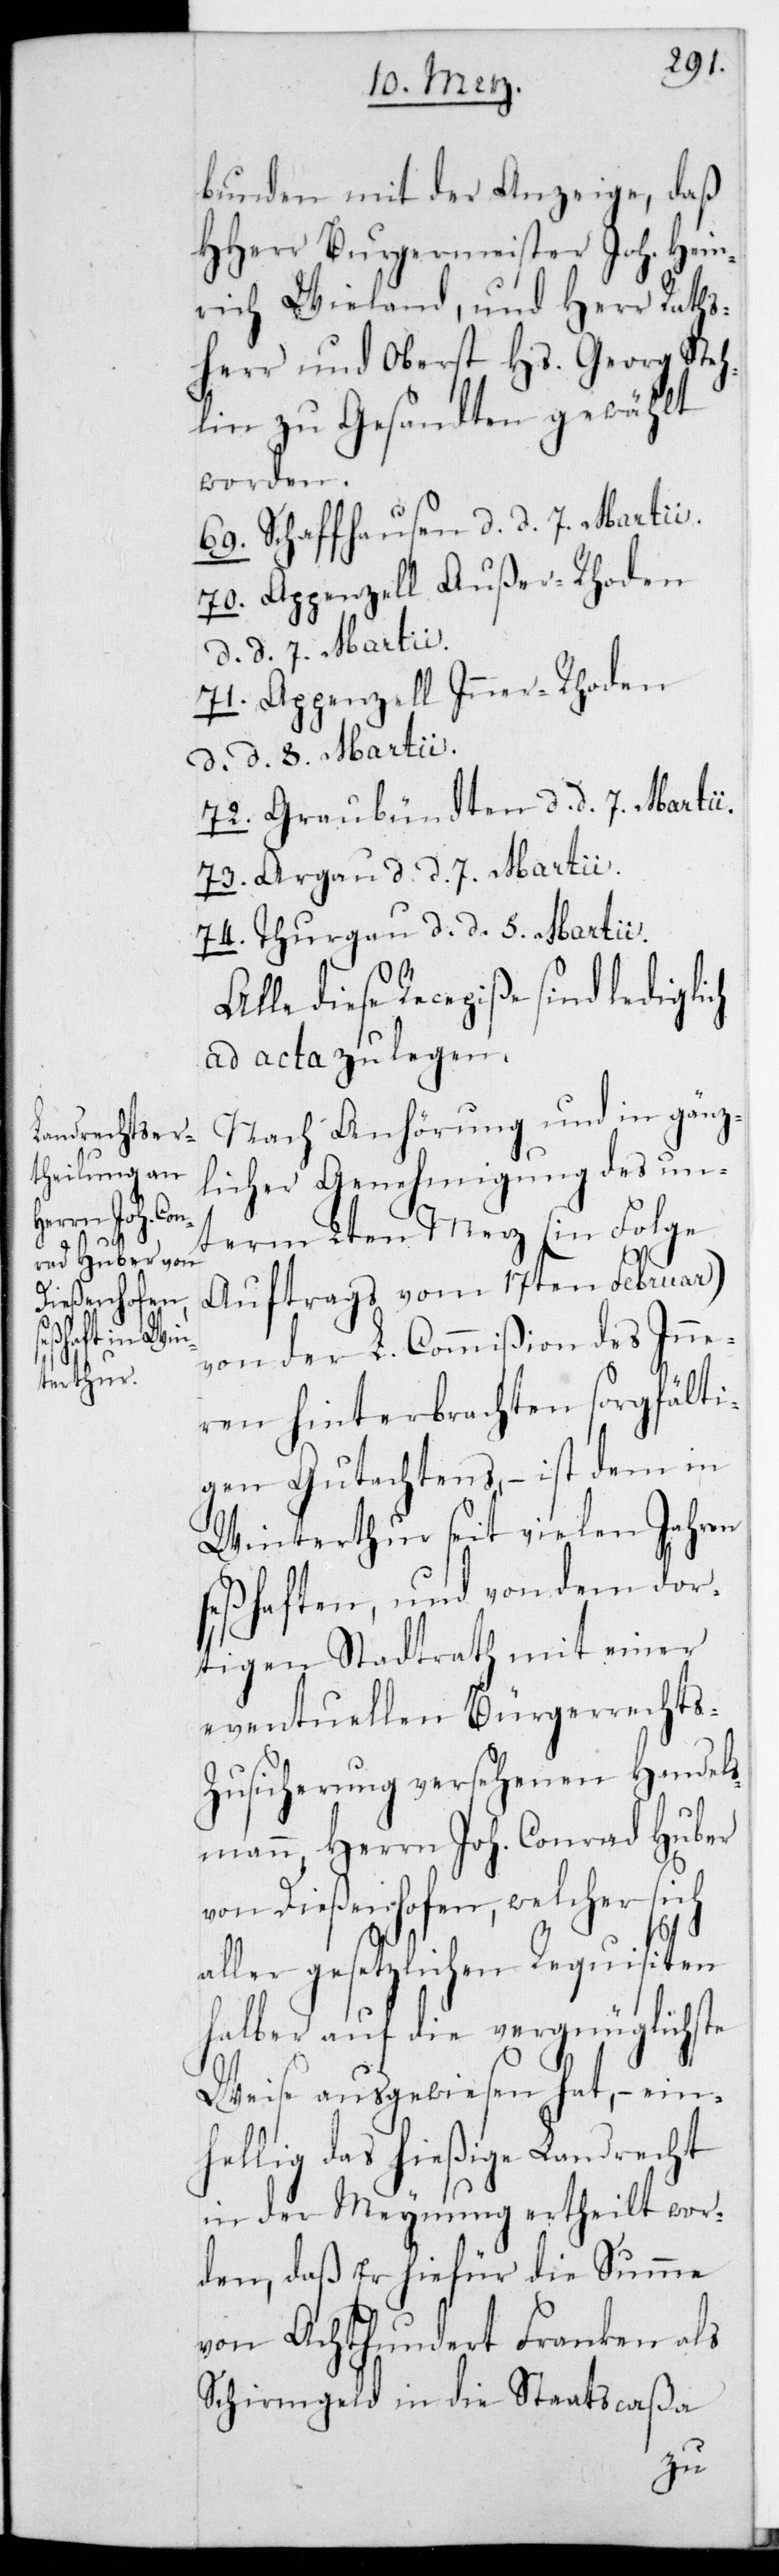
se¬

bunden mit der Anzeige, daß
HHerr Burgermeister Joh. Hein¬
rich Wieland, und Herr Raths¬
herr und Oberst Hs. Georg Steh¬
lin zu Gesandten gewählt
worden.
69. Schaffhausen, d. d. 7. Marii.
70. Appenzell Außer-Rhoden,
d. d. 7. Martii.
71. Appenzell Inner-Rhoden,
d. d. 8. Martii.
72. Graubündten, d. d. 7. Martii.
73. Argau, d. d. 7. Martii.
74. Thurgau, d. d. 5. Martii.
diese Recepiße sind lediglich
ad acta zu legen.
Nach Anhörung und in gänz¬
licher Genehmigung des un¬
term 2ten Merz (in Folge
Auftrags vom 17ten Februar)
von der L. Commißion des Inne¬
ren hinterbrachten sorgfälti¬
gen Gutachtens, – ist dem in
Winterthur seit vielen Jahren
ßhaften, und von dem dor¬
tigen Stadtrath mit einer
eventuellen Bürgerrechts-Z¬
usicherung versehenen Handel¬
smann, Herrn Joh. Conrad Huber
von Dießenhofen, welcher sich
aller gesetzlichen Requisiten
halber auf die vergnüglichste
Weise ausgewiesen hat, – ein¬
hellig das hießige Landrecht
in der Meynung ertheilt wor¬
den, daß er hierfür die Summe
von Achthundert Franken als
Schirmgeld in die Staatscaßa